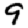
Digit: 9